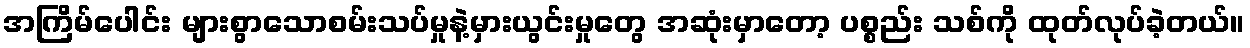
အကြိမ်ပေါင်း များစွာသောစမ်းသပ်မှုနဲ့မှားယွင်းမှုတွေ အဆုံးမှာတော့ ပစ္စည်း သစ်ကို ထုတ်လုပ်ခဲ့တယ်။